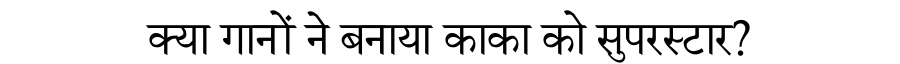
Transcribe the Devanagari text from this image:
क्या गानों ने बनाया काका को सुपरस्टार?